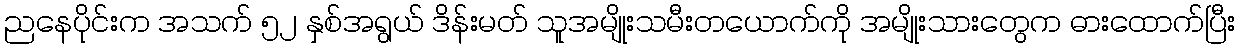
ညနေပိုင်းက အသက် ၅၂ နှစ်အရွယ် ဒိန်းမတ် သူအမျိုးသမီးတယောက်ကို အမျိုးသားတွေက ဓားထောက်ပြီး